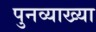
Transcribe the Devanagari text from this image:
पुनव्याख्या